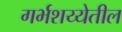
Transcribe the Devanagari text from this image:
गर्भशय्येतील